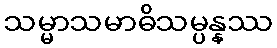
သမ္မာသမာဓိသမ္ပန္နဿ